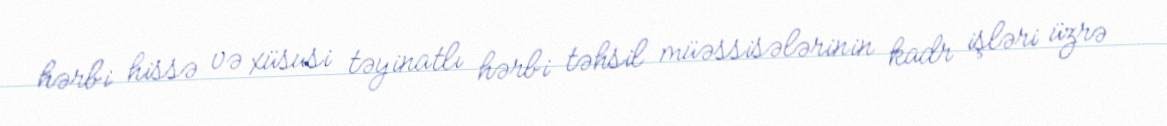
hərbi hissə və xüsusi təyinatlı hərbi təhsil müəssisələrinin kadr işləri üzrə